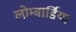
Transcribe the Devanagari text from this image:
लोम्बार्डिया